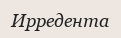
Ирредента